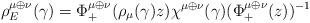
LaTeX: \begin{align*}\rho_{E}^{{\mu\oplus\nu}}(\gamma)=\Phi_+^{\mu\oplus\nu}(\rho_\mu(\gamma) z)\chi^{\mu\oplus\nu}(\gamma)(\Phi_+^{\mu\oplus\nu}(z))^{-1}\end{align*}